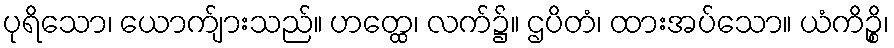
ပုရိသော၊ ယောက်ျားသည်။ ဟတ္ထေ၊ လက်၌။ ဌပိတံ၊ ထားအပ်သော။ ယံကိဉ္စိ၊